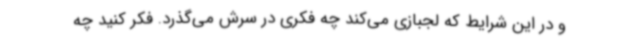
و در این شرایط که لجبازی می‌کند چه فکری در سرش می‌گذرد. فکر کنید چه